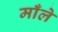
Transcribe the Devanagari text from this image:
माँले